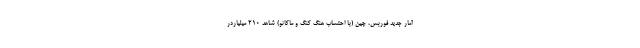
آمار جدید فوربس، چین (با احتساب هنگ کنگ و ماکائو) شاهد 210 میلیاردر